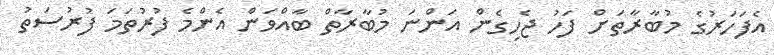
އެފަހަރުގެ މުބާރާތަށް ފަހު ޖެހިގެން އަންނަ މުބާރާތް ބާއްވަން އެންމެ ފުރުތަމަ ފުރުސަތު